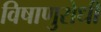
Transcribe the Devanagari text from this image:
विषाणुरोधी